Civil Veterinary Department Bihar & Orissa reports 1929-36 - 1929-1936
Year: 1929
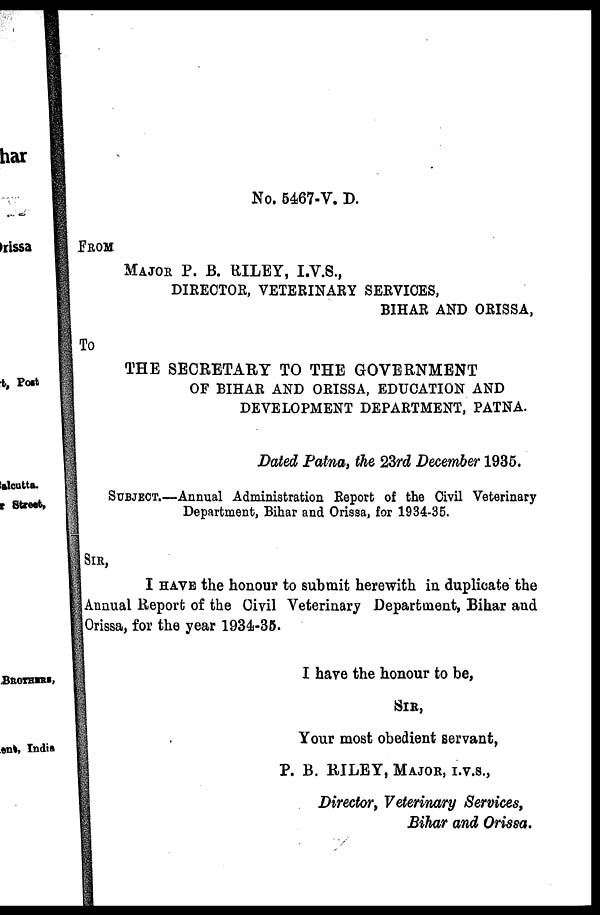
No. 5467-V. D.
FROM
MAJOR P. B. RILEY, I.V.S.,
DIRECTOR, VETERINARY SERVICES,
BIHAR AND ORISSA,
To
THE SECRETARY TO THE GOVERNMENT
OF BIHAR AND ORISSA, EDUCATION AND
DEVELOPMENT DEPARTMENT, PATNA.
Dated Patna, the 23rd December 1935.
SUBJECT.—Annual Administration Report of the Civil Veterinary
Department, Bihar and Orissa, for 1934-35.
SIR,
I HAVE the honour to submit herewith in duplicate the
Annual Report of the Civil Veterinary Department, Bihar and
Orissa, for the year 1934-35.
I have the honour to be,
SIR,
Your most obedient servant,
P. B. RILEY, MAJOR, I.V.S.,
Director, Veterinary Services,
Bihar and Orissa.